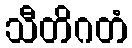
သီတိဂတံ